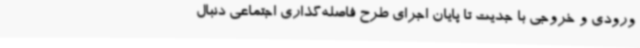
ورودی و خروجی با جدیت تا پایان اجرای طرح فاصله‌گذاری اجتماعی دنبال